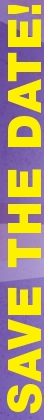
SAVE THE DATE!